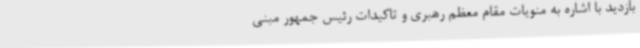
بازدید با اشاره به منویات مقام معظم رهبری و تاکیدات رئیس جمهور مبنی